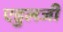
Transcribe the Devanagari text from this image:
एडुलजी